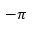
- \pi